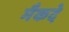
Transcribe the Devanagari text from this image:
मैकदे